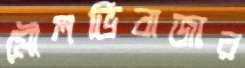
মৌলভিবাজার